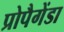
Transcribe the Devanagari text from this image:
प्रोपैगेंडा